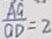
\frac { A G } { O D } = 2